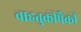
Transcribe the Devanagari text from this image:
वाहतुकीपैकी